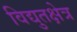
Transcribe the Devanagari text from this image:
विद्युतक्षेत्र